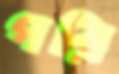
পরি